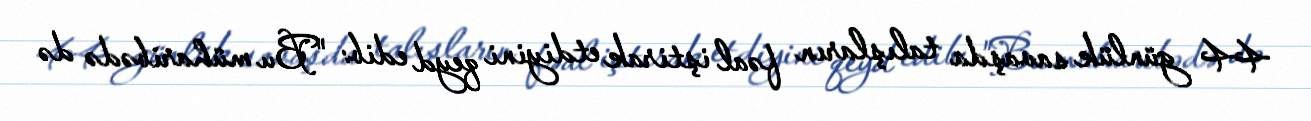
44 günlük savaşda talışların fəal iştirak etdiyini qeyd edib: "Bu müharibədə də